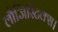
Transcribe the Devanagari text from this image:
लौजिस्टिक्स।